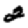
Digit: 2